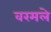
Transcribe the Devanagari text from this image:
वरमले